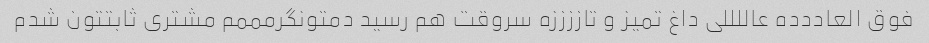
فوق العاددده عاللللی داغ تمیز و تاززززه سروقت هم رسید دمتونگرمممم مشتری ثابتتون شدم